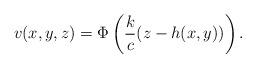
LaTeX: \begin{align*}v(x,y,z)=\Phi\left(\dfrac{k}{c}(z-h(x,y))\right).\end{align*}